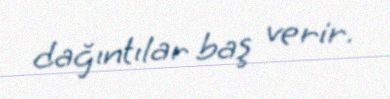
dağıntılar baş verir.